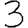
Digit: 3